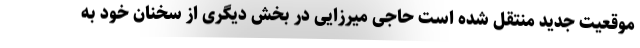
موقعیت جدید منتقل شده است حاجی میرزایی در بخش دیگری از سخنان خود به